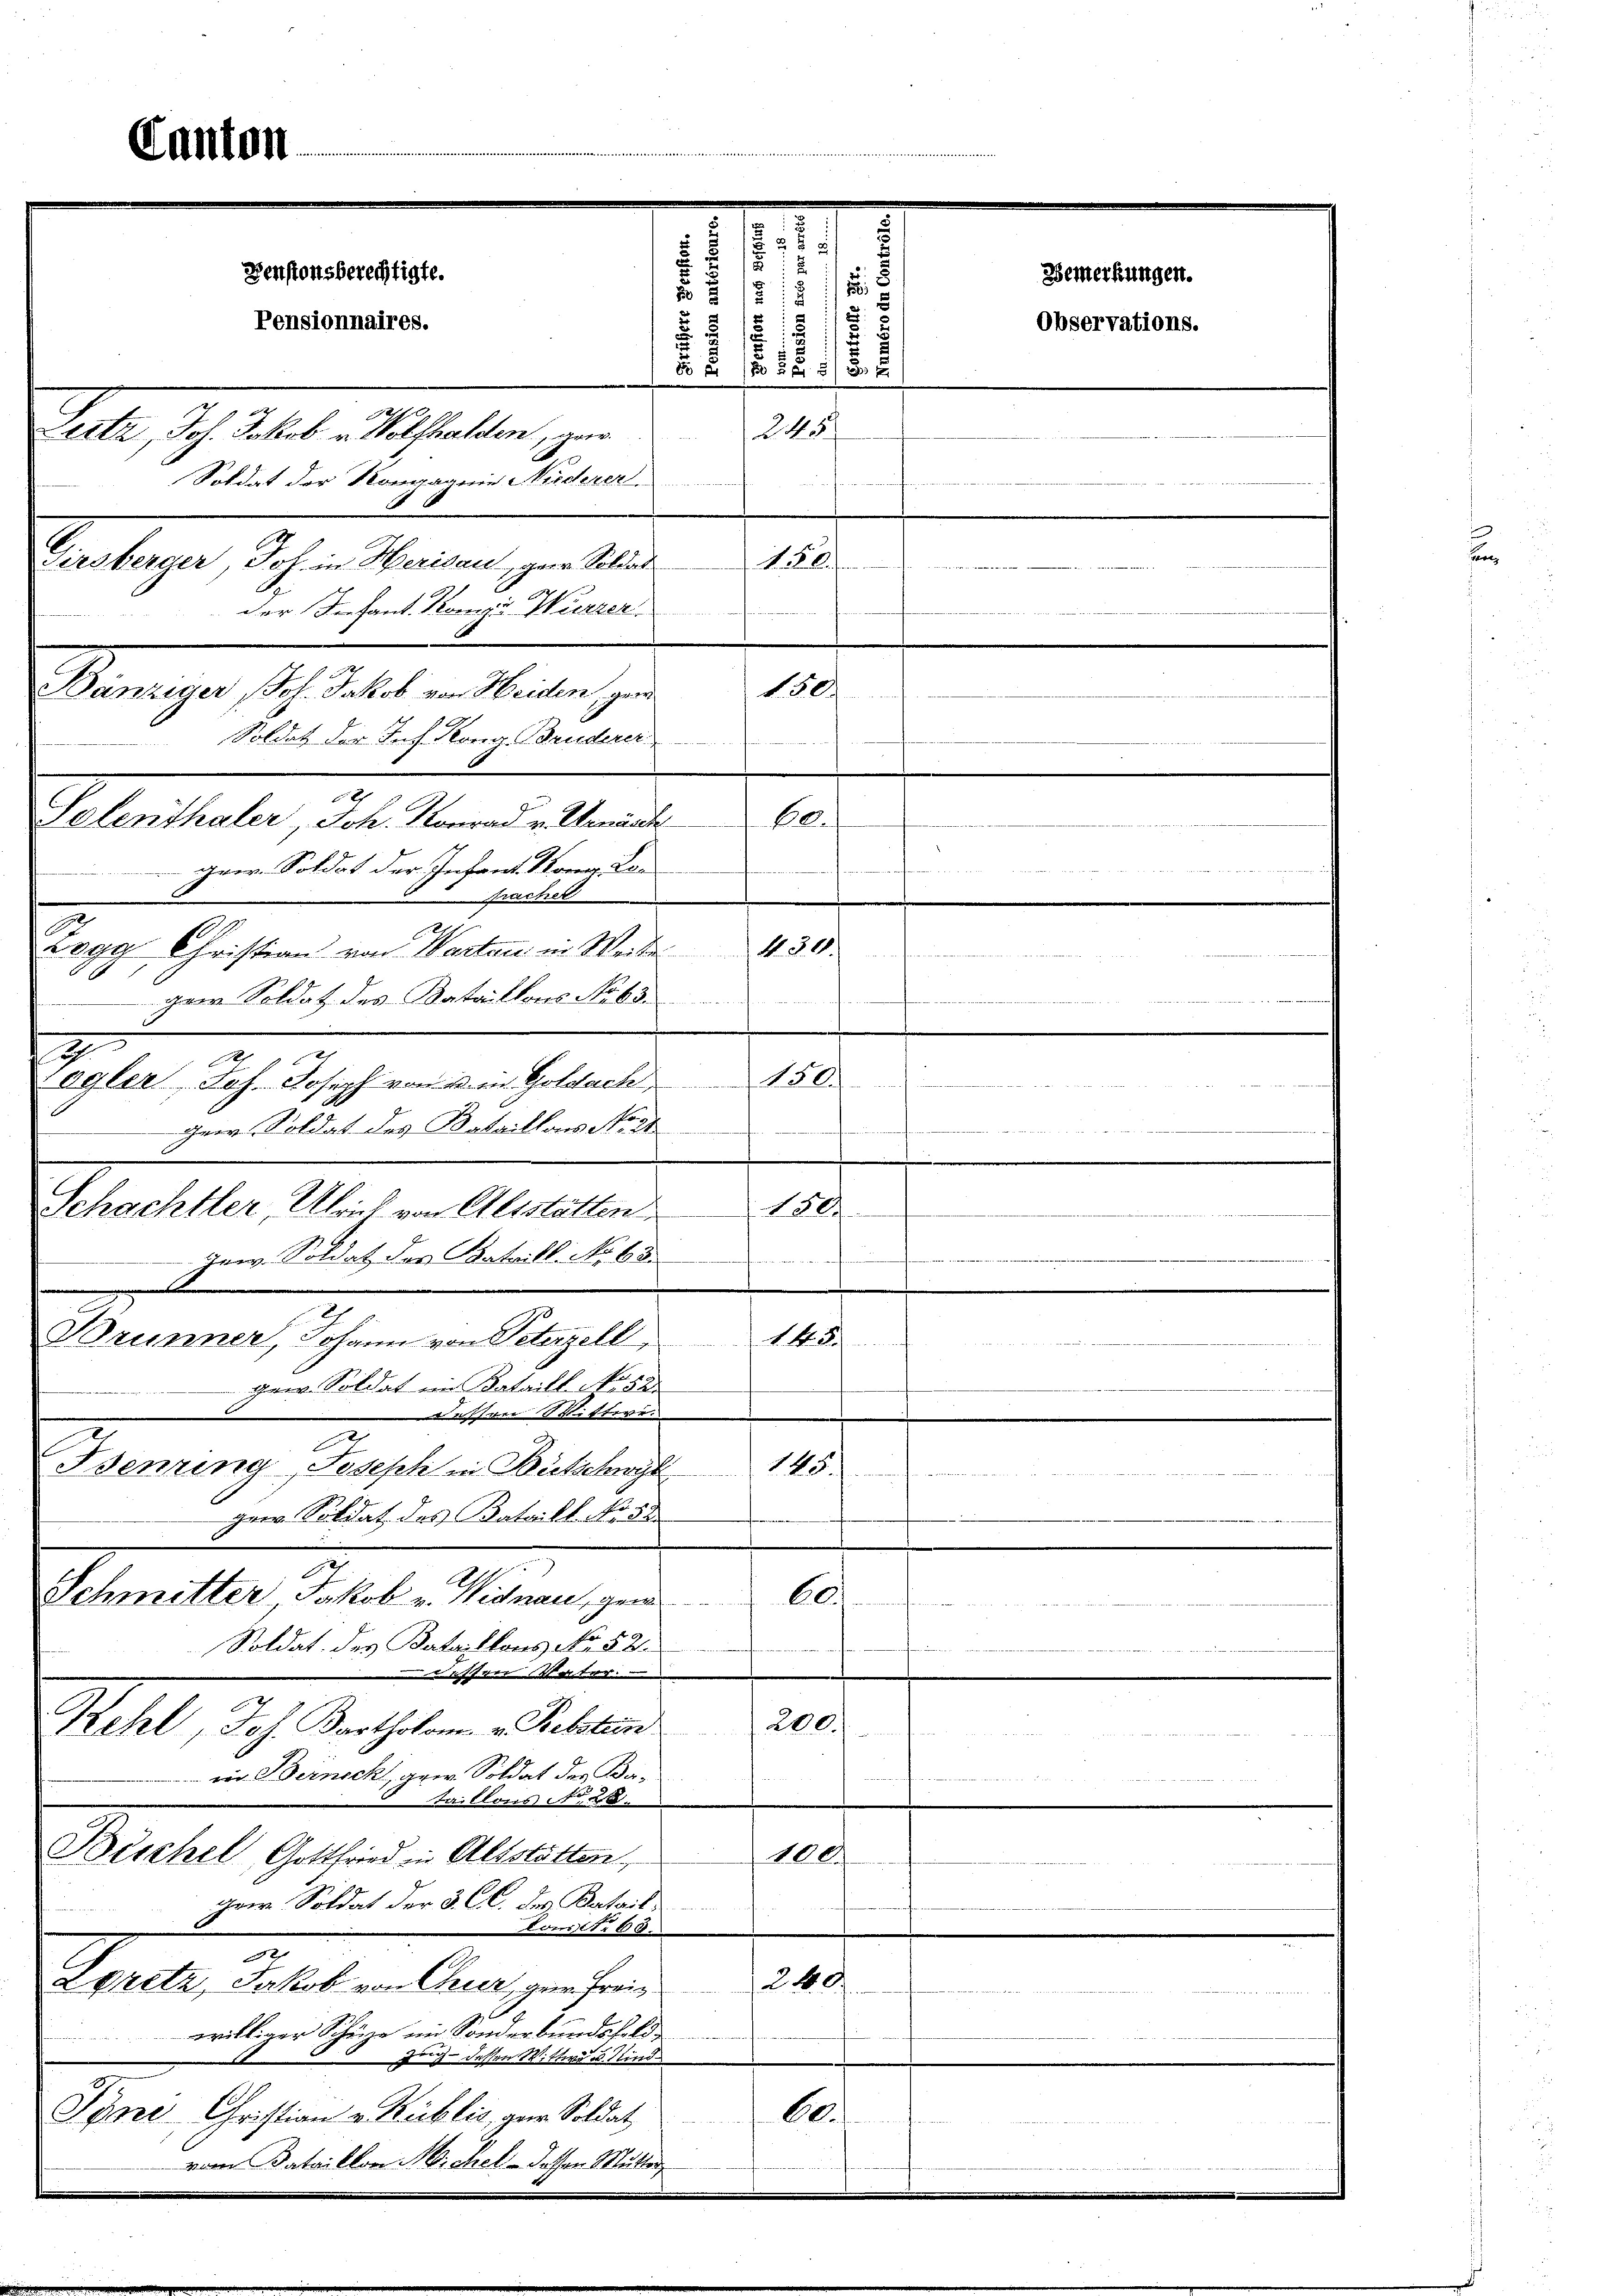
d

Denstonsberechtigte.
5
N 2
2
e
512
55
5
Pensionnaires.
1
1
  1525/ 20 x

245
Lietz, Joh. Jakob u. Wolfhalden, ge¬
Soldat der Kompagnie Niederer

Girsberger Joh. in Herisau, gere Soldat
der Infant. Kompu Wurzer
fracher
Zogg Christian von Warten in Weiter
Herr Soldat des Bataillons Subs
z
1
agler, Joh. Joseph von den Goldach,
Herr Soldat des Bataillons No. 24
1804.
gew. Soldat des Bataill. No 60
Brunner, Johann von Peterzell,
145.

gew. Soldat im Kataill No 52
sher Wistere
.
Benzing Joseph in Bütschwyl 145
gaer Kuldat des Bataill No 8
60.
Schmitter Jakob v. Wignau, gen

Soldat des Bataillons No 52.
 dessen Vater.
200.
Kehl, Joh. Bartholom v. Bebstein

ein Bernsch, geer. Soldat der Ba¬
   B
taillons No 28.
Beschel, Gottfried in Altstatten,
100
ihrer Soldat der 3 CC. des Batail
Lons A. 63.
.
240.
EPretz, Jakob von Chier, ger Freiwilliger Schüze im Sonderbundsfeld-
Auch dessen Wittwe u. Kind
be.
Syne Christian v. Kublic, zur Soldat
vom Bataillon Michel - dassen Stutter

Lants

Bänziger Joh. Jakob von Heiden, ger
Soldat der Joh. Kong. Bruderer
Solenthaler, Joh. Konrad v. Verände
ger. Soldat der Infant Korner La¬

Schachtler, Ulrich von Alsstatten

27

166.

0

Bemerkungen.
Observations.

N. O.
n
e
.
4. 30.
n